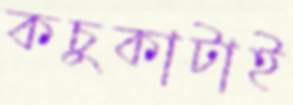
কচুকাটাই